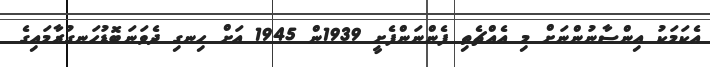
އެކަމަކު އިންސާނުންނަށް މި އެއްޗެތި ފެންނަންފެށީ 1939ން 1945 އަށް ހިނގި ދެވަނަބޮޑުހަނގުރާމައިގެ